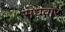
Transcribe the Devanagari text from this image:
सधवार